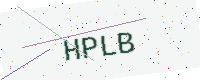
Text: HPLB